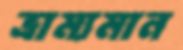
ভ্রাম্যমান